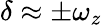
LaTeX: \delta\approx\pm\omega_{z}